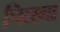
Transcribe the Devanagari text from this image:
चिलना